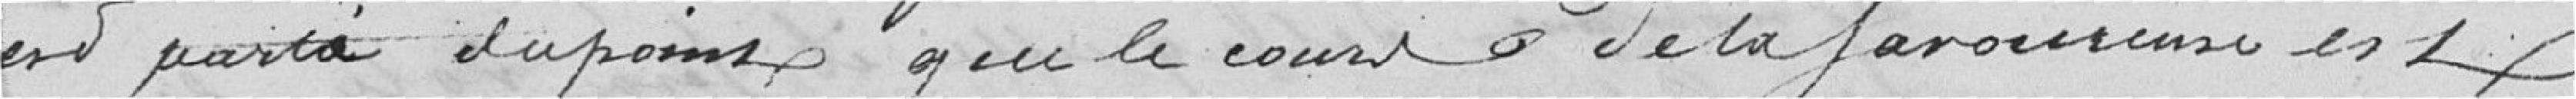
est partie du point que le cours de la Savoureuse est